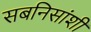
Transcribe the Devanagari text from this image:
सबनिसांशी